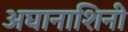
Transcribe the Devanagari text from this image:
अघानाशिनी